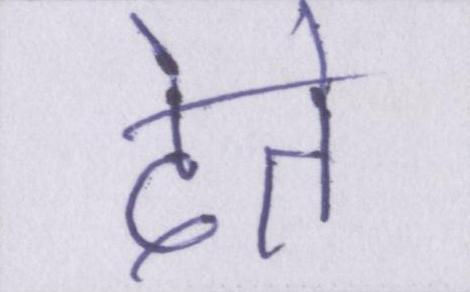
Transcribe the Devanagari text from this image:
देते